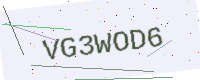
Text: VG3WOD6